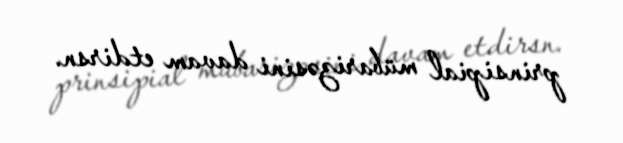
prinsipial mübarizəsini davam etdirsn.